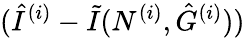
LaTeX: (\hat{I}^{(i)}-\tilde{I}(N^{(i)},\hat{G}^{(i)}))